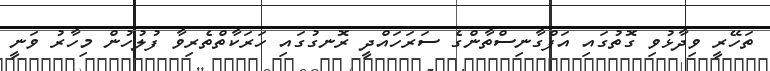
ތަހޭރީ ވިދާޅުވި ގޮތުގައި އަފްގާނިސްތާންގެ ސަރަހައްދީ ރޮނގުގައި ހަރަކާތްތެރިވާ ފުލުހުން މިހާރު ވަނީ